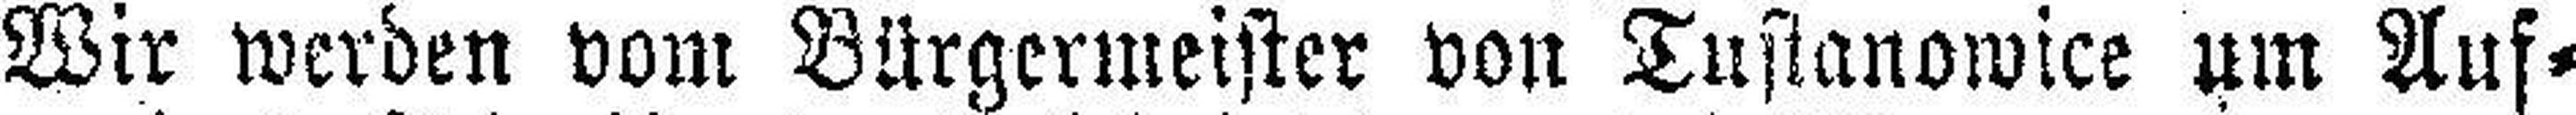
Wir werden vom Bürgermeister von Tustanowice um Auf¬